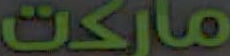
ماركت